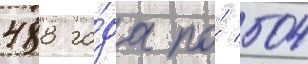
488 го́да по́ 504